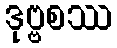
ဒုဗ္ဗစဿ